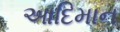
આદિમાન